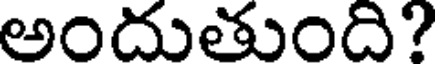
అందుతుంది?